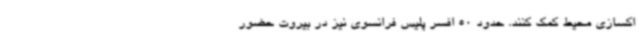
اکسازی محیط کمک کنند. حدود 50 افسر پلیس فرانسوی نیز در بیروت حضور